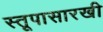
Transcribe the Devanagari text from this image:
स्तूपासारखी